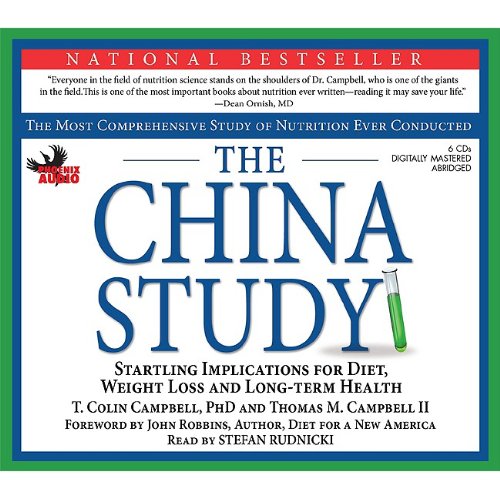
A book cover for The China Study: The Most Comprehensive Study on Nutrition Ever Conducted and the Startling Implications for Diet, Weight Loss and Long Term Health; T. Colin Campbell; Sports & Outdoors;